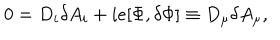
LaTeX: 0 = D _ { i } \delta A _ { i } + i e [ \Phi , \delta \Phi ] \equiv D _ { \mu } \delta A _ { \mu } ,